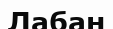
Лабан